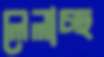
লেলাচ্ছ